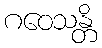
ဂဝေသန္တိ